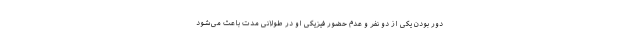
دور بودن یکی از دو نفر و عدم حضور فیزیکی او در طولانی مدت باعث می‌شود